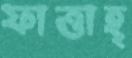
ফাত্তাহ্